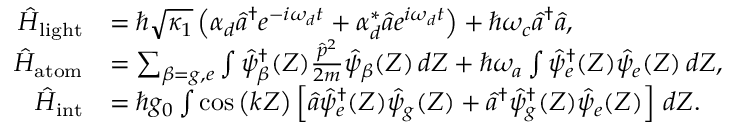
\begin{array} { r l } { \hat { H } _ { { \mathrm { l i g h t } } } } & { = \hbar \sqrt { \kappa _ { 1 } } \left( \alpha _ { d } \hat { a } ^ { \dagger } e ^ { - i \omega _ { d } t } + \alpha _ { d } ^ { * } \hat { a } e ^ { i \omega _ { d } t } \right) + \hbar \omega _ { c } \hat { a } ^ { \dagger } \hat { a } , } \\ { \hat { H } _ { { \mathrm { a t o m } } } } & { = \sum _ { \beta = g , e } \int \hat { \psi } _ { \beta } ^ { \dagger } ( Z ) \frac { \hat { p } ^ { 2 } } { 2 m } \hat { \psi } _ { \beta } ( Z ) \, d Z + \hbar \omega _ { a } \int \hat { \psi } _ { e } ^ { \dagger } ( Z ) \hat { \psi } _ { e } ( Z ) \, d Z , } \\ { \hat { H } _ { { \mathrm { i n t } } } } & { = \hbar g _ { 0 } \int \cos \left( k Z \right) \left[ \hat { a } \hat { \psi } _ { e } ^ { \dagger } ( Z ) \hat { \psi } _ { g } ( Z ) + \hat { a } ^ { \dagger } \hat { \psi } _ { g } ^ { \dagger } ( Z ) \hat { \psi } _ { e } ( Z ) \right] \, d Z . } \end{array}